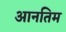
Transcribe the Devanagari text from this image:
आनतिम